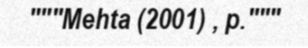
"""Mehta (2001) , p."""